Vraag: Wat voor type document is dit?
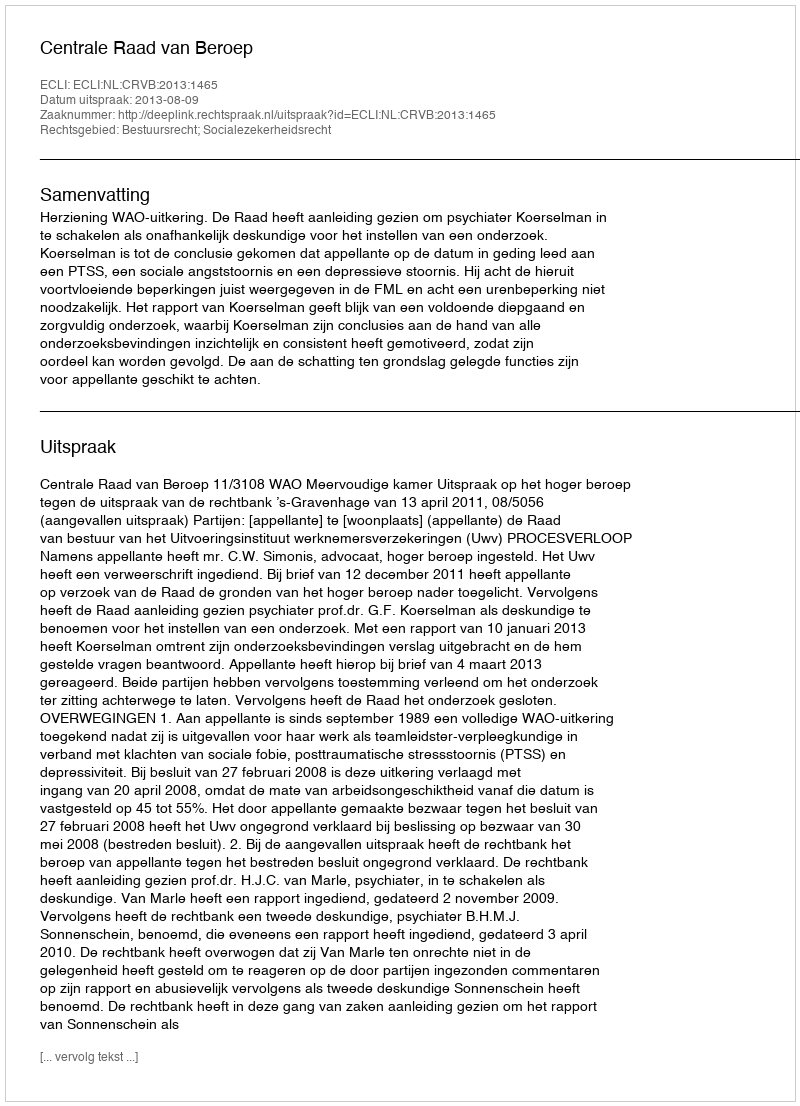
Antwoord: Uitspraak